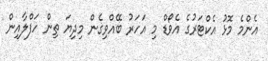
އެންމެ މޮޅު އެކްޓަރުގެ އެވޯޑް މި އަހަރު ބޭއްވިގެން މިދިޔަ ތިން ހަފްލާއިން